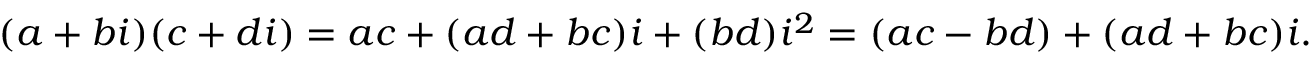
( a + b i ) ( c + d i ) = a c + ( a d + b c ) i + ( b d ) i ^ { 2 } = ( a c - b d ) + ( a d + b c ) i .